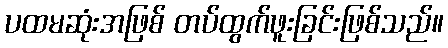
ပထမဆုံးအဖြစ် တပ်ထွက်ဖူးခြင်းဖြစ်သည်။